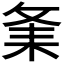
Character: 𦓫